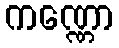
ကဏ္ဏော